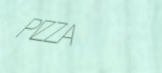
PIZZA